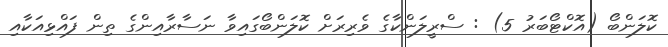
ކޮލަންބޯ (އޮކްޓޯބަރު 5) : ސްރީލަންކާގެ ވެރިރަށް ކޮލަންބޯގައިވާ ނަސާރާއިންގެ ތިން ފައްޅިއަކާއި